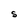
Character: S